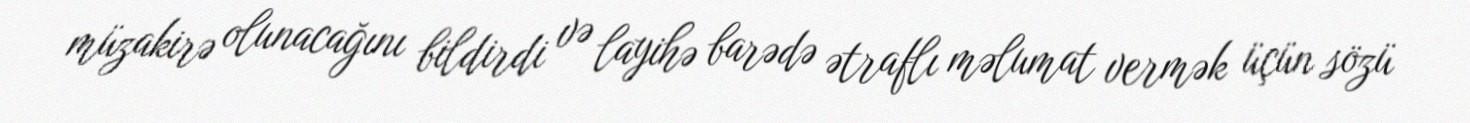
müzakirə olunacağını bildirdi və layihə barədə ətraflı məlumat vermək üçün sözü